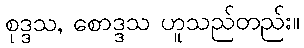
စုဒ္ဒသ, စောဒ္ဒသ ဟူသည်တည်း။